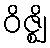
ဝိဇ္ဈိ